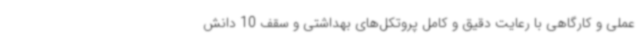
عملی و کارگاهی با رعایت دقیق و کامل پروتکل‌های بهداشتی و سقف 10 دانش